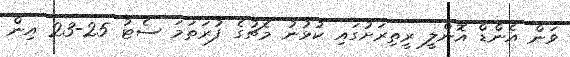
ވަން އެންޑް އޮންލީ ރީތިރަށުގައި ކުޅުނު މެޗުގެ ފުރަތަމަ ސެޓު 25-23 އިން